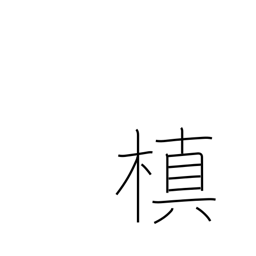
Meaning: ornamental evergreen